Voisiku_vallavalitsus, lk 54
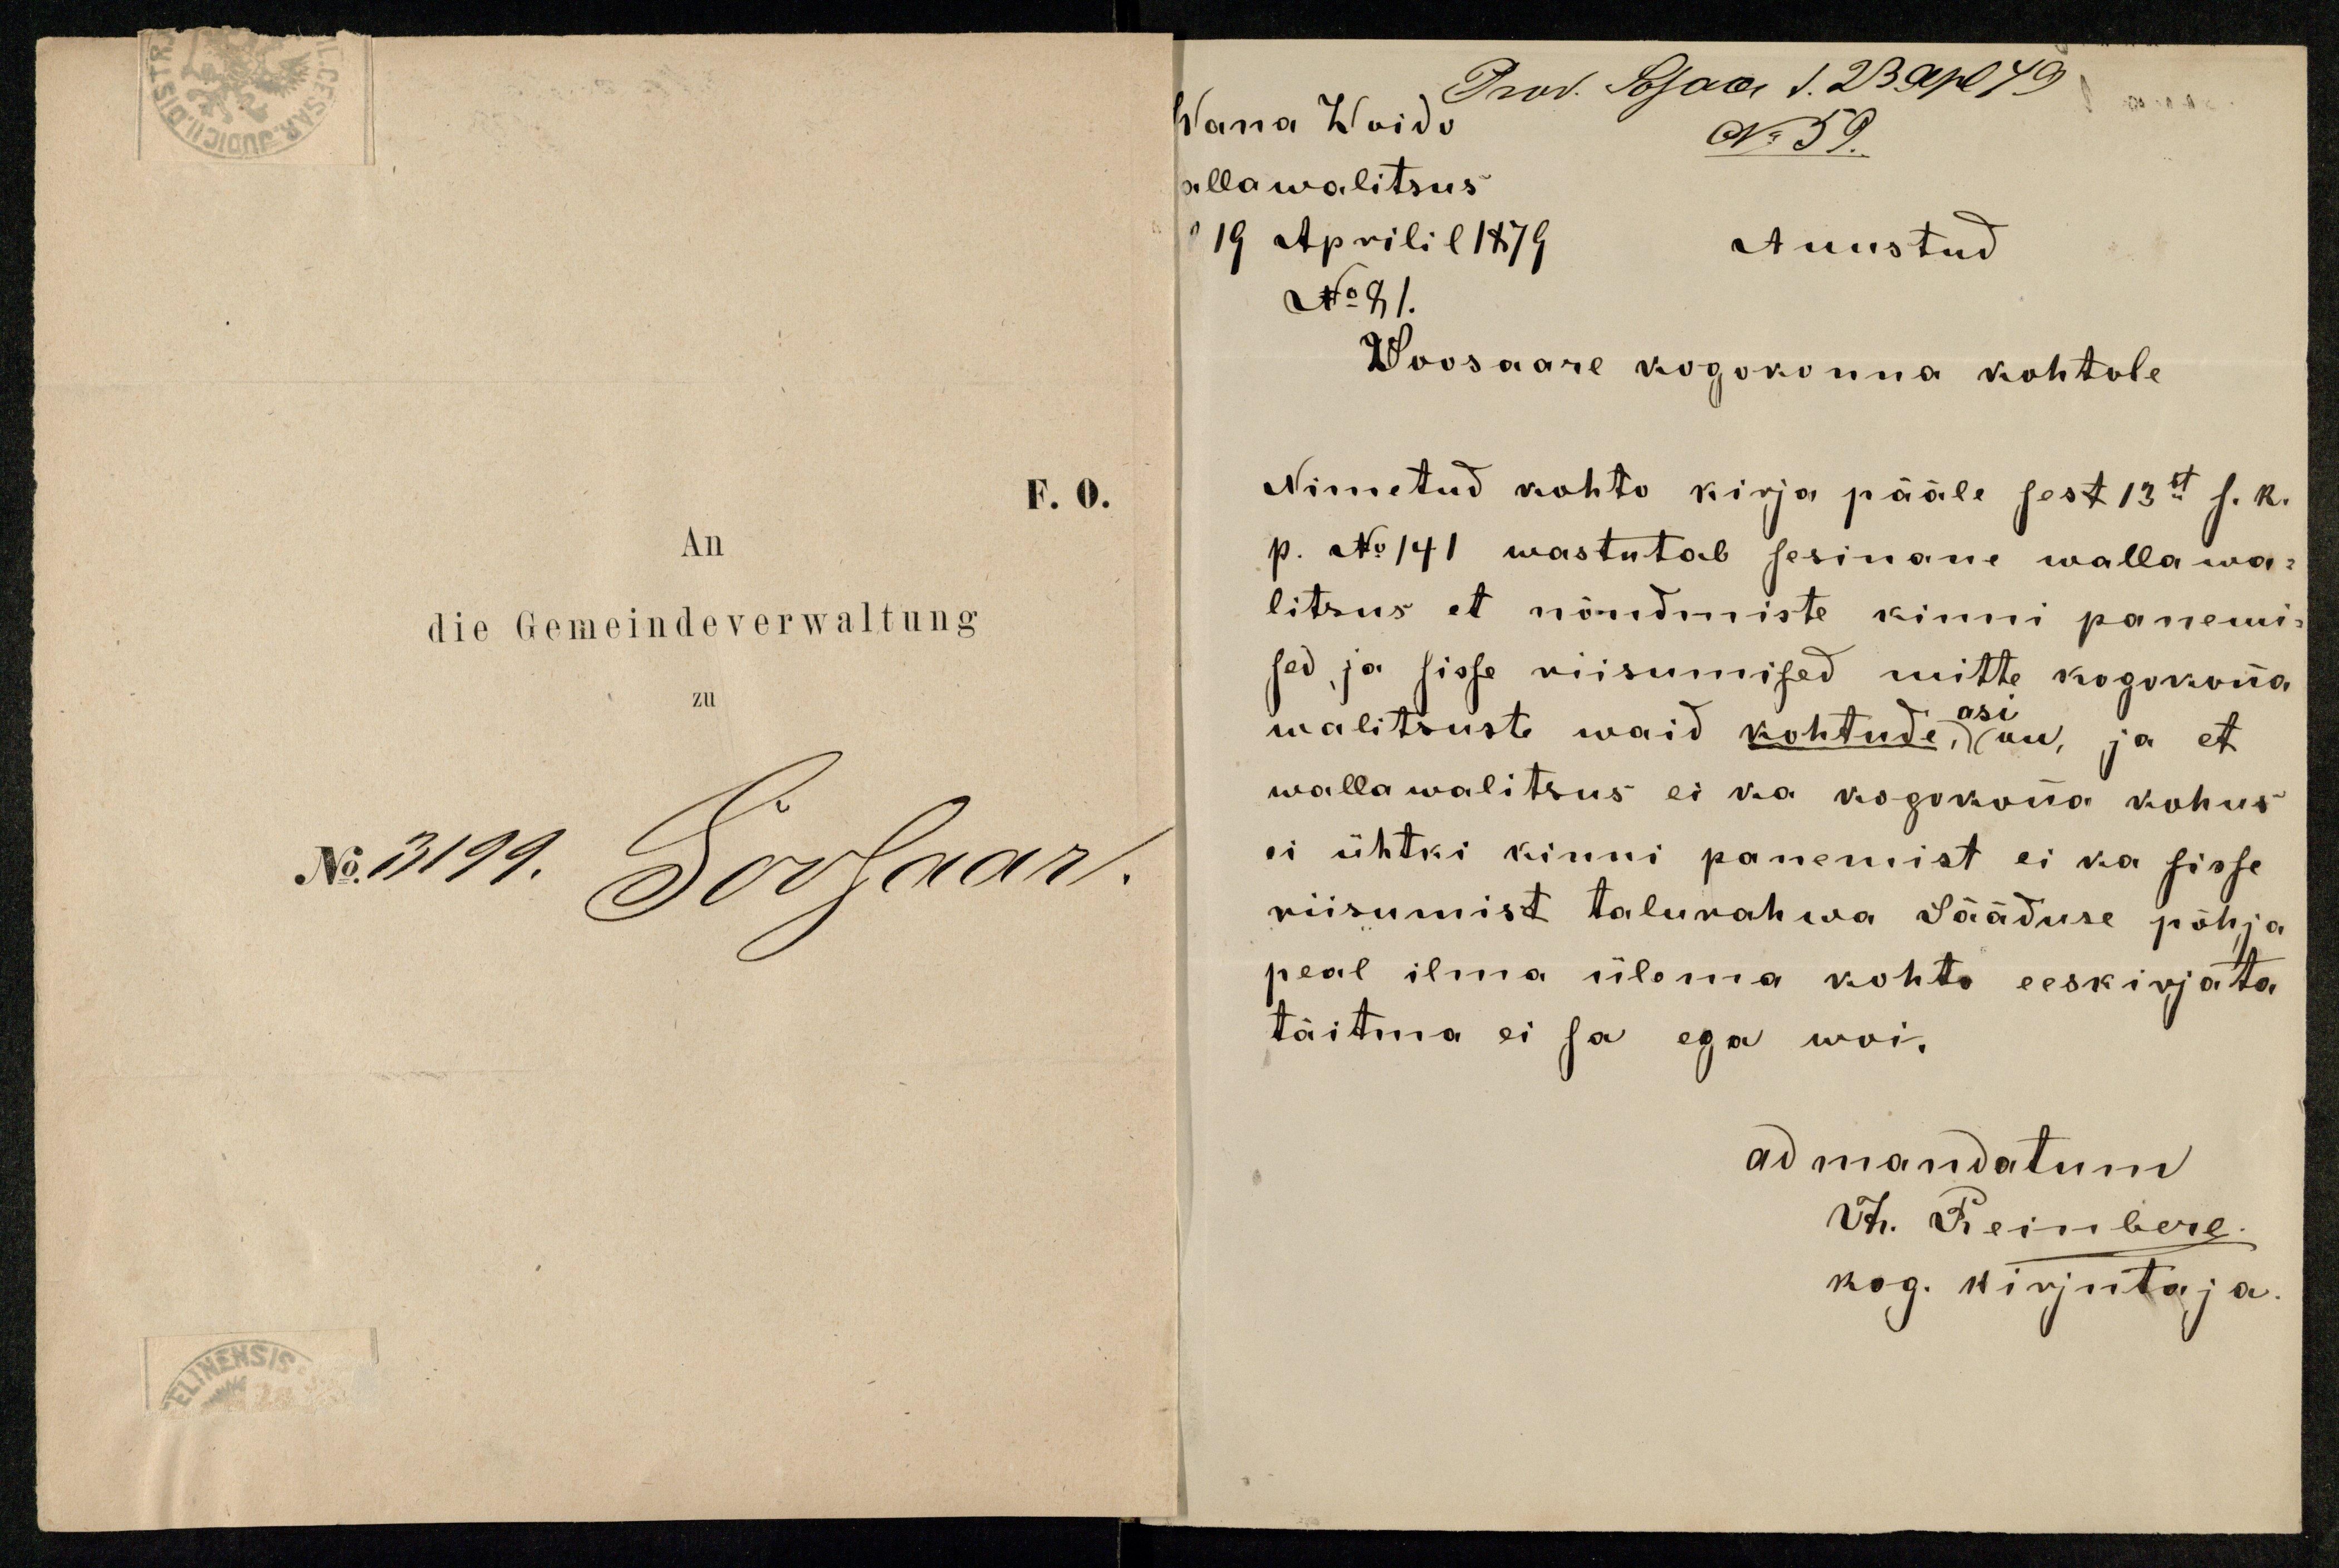
F. O.
No 3199. Sossaar.

Wana Woido
Prod. Sosaar v 23 apl. 79
No 59.
allawalitsus
19 Aprilil 1879 Auustud
No 81.
2Soosaare kogokonna kohtole
Nimetud kohto kirja pääle sest 13st s. k.
p. No 141 wastutab sesinane wallawa-
litsus et nõudmiste kinni panemi-
sed ja sisse riisumised mitte kogokonna
asi
walitsuste waid kohtude, on, ja et
wallawalitsus ei ka kogokona kohus
ei ühtki kinni panemist ei ka sisse
riisumist talurahwa Sääduse põhja
peal ilma ülema kohto eeskirjata.
täitma ei sa ega woi.
ad mandatum
Th. Reinberg.
kog. kirjutaja.